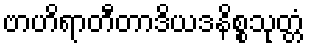
ဗာဟိရာတီတာဒိယဒနိစ္စသုတ္တံ